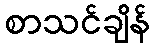
စာသင်ချိန်